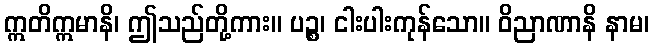
ဣတိဣမာနိ၊ ဤသည်တို့ကား။ ပဉ္စ၊ ငါးပါးကုန်သော။ ဝိညာဏာနိ နာမ၊